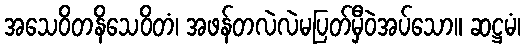
အသေဝိတနိသေဝိတံ၊ အဖန်တလဲလဲမပြတ်မှီဝဲအပ်သော။ ဆဋ္ဌမံ၊